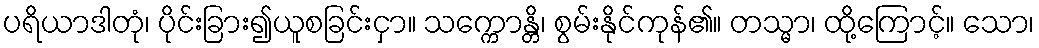
ပရိယာဒါတုံ၊ ပိုင်းခြား၍ယူစခြင်းငှာ။ သက္ကောန္တိ၊ စွမ်းနိုင်ကုန်၏။ တသ္မာ၊ ထို့ကြောင့်။ သော၊